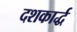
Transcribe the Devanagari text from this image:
दशकार्द्ध